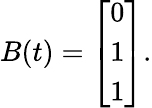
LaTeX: B(t)={\left[\begin{array}{l}{0}\\ {1}\\ {1}\end{array}\right]}.